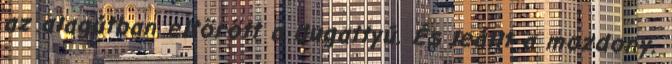
az alagútban eltörött a dugattyú. És leállt a mozdony.